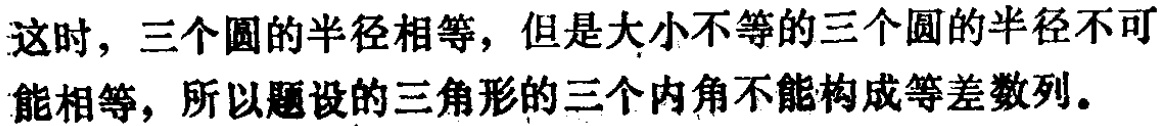
这时，三个圆的半径相等，但是大小不等的三个圆的半径不可能相等，所以题设的三角形的三个内角不能构成等差数列。